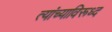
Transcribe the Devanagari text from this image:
त्यांच्याविरूध्द